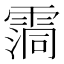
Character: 霘